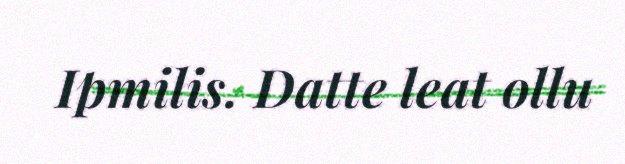
Ipmilis. Datte leat ollu